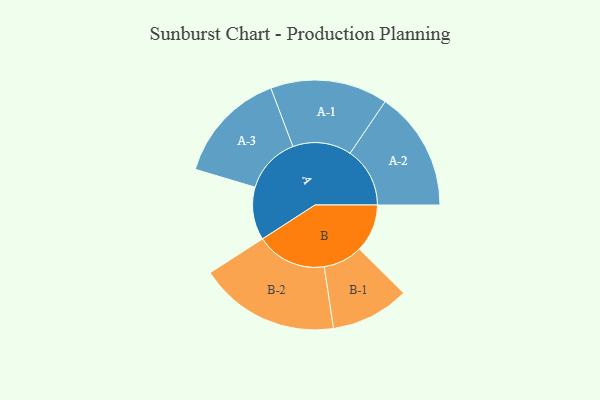
{"axis": {"x": "Segment", "y": "Value"}, "legend": ["", "A", "B"], "data": [{"x": "A", "y": 201, "type": ""}, {"x": "B", "y": 182, "type": ""}, {"x": "A-1", "y": 223, "type": "A"}, {"x": "A-2", "y": 227, "type": "A"}, {"x": "A-3", "y": 214, "type": "A"}, {"x": "B-1", "y": 149, "type": "B"}, {"x": "B-2", "y": 267, "type": "B"}]}